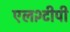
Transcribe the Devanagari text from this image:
एल२टीपी